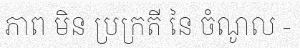
ភាព មិន ប្រក្រតី នៃ ចំណូល -